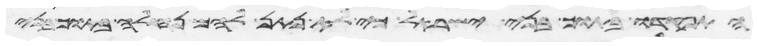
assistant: צוי את בני ישראל וישלחו מן המחנה כל